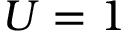
U = 1